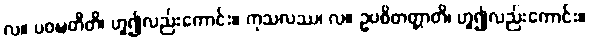
လ။ ပဝဍ္ဎတီတိ၊ ဟူ၍လည်းကောင်း။ ကုသလဿ၊ လ။ ဥပစိတတ္တာတိ၊ ဟူ၍လည်းကောင်း။